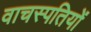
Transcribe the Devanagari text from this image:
वाचस्पतियों